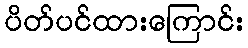
ပိတ်ပင်ထားကြောင်း